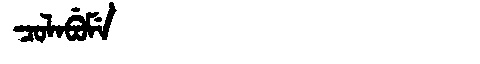
Manchu: ᠴᠣᠯᠠᠪᡠᠮᡝ
Romanization: COLABUME